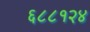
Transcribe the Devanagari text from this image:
६८८१२४